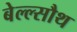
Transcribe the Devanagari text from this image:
बेल्ल्सौथ